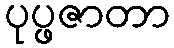
ပုပ္ဖဇာတာ